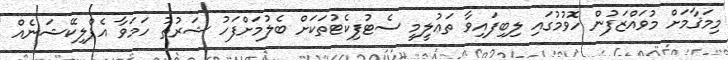
މިމަޤާމަށް މުވައްްޒަފުން ހޮވުމުގައި ލިބިފައިވާ ތަޢުލީމީ ސެޓުފިކެޓުތަަކަށް ބެލުމަށްފަހު ޝަރުޠު ހަމަވާ އެޕްލިކޭޝަނެއް